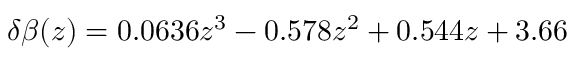
\delta \beta ( z ) = 0 . 0 6 3 6 z ^ { 3 } - 0 . 5 7 8 z ^ { 2 } + 0 . 5 4 4 z + 3 . 6 6